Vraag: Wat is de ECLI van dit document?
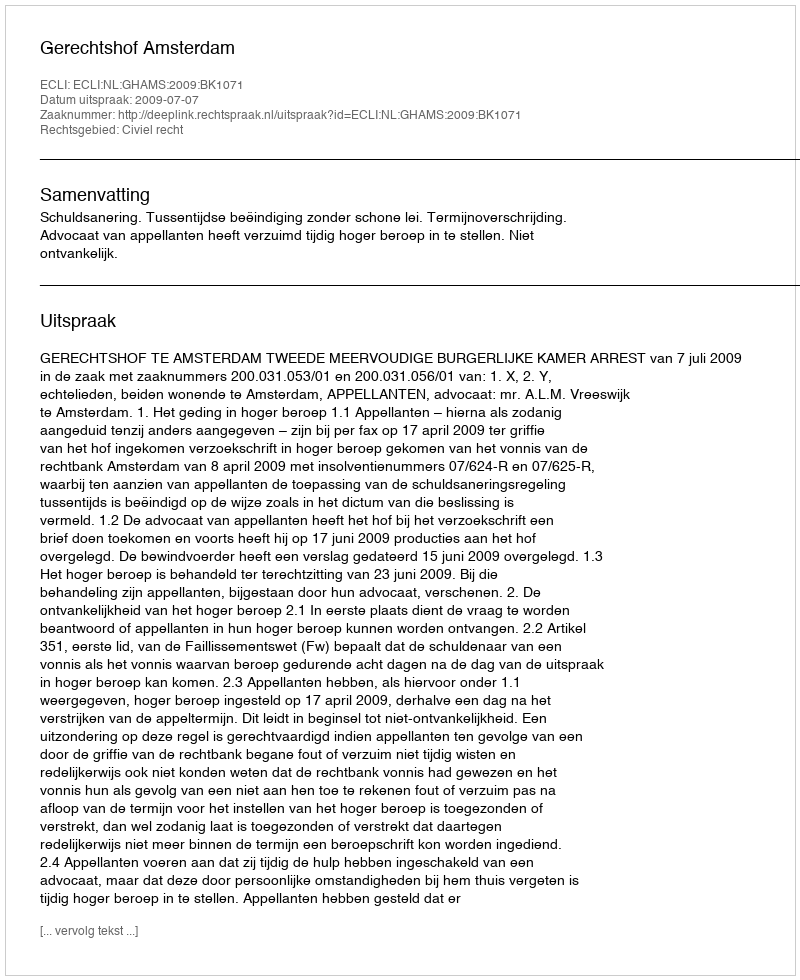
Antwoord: ECLI:NL:GHAMS:2009:BK1071